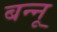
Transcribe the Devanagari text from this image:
बन्‍नू